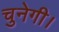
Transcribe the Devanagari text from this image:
चुनेगी।